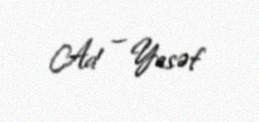
Ad — Yasəf